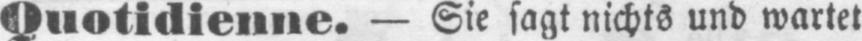
Quotidienne. - Sie sagt nichts und wartet